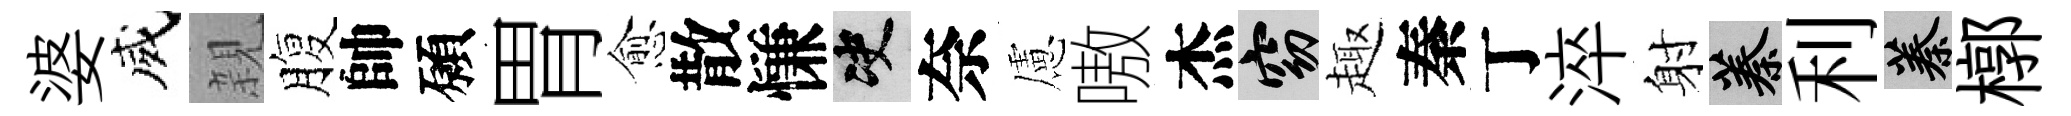
婆威親腹帥願胃愈散慊决奈慮嗷杰窈趣秦丁淬射蓁利蓁槨